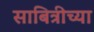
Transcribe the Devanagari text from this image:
साबित्रीच्या